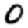
Digit: 0